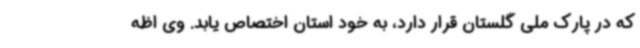
که در پارک ملی گلستان قرار دارد، به خود استان اختصاص یابد. وی اظه